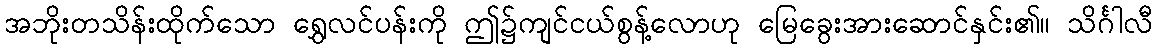
အဘိုးတသိန်းထိုက်သော ရွှေလင်ပန်းကို ဤ၌ကျင်ငယ်စွန့်လောဟု မြေခွေးအားဆောင်နှင်း၏။ သိင်္ဂါလီ